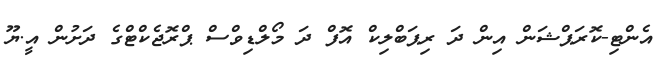
އެންޓި-ކޮރަޕްޝަން އިން ދަ ރިޕަބްލިކް އޮފް ދަ މޯލްޑިވްސް ޕްރޮޖެކްޓްގެ ދަށުން އީ.ޔޫ